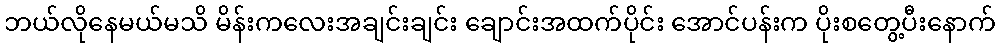
ဘယ်လိုနေမယ်မသိ မိန်းကလေးအချင်းချင်း ချောင်းအထက်ပိုင်း အောင်ပန်းက ပိုးစတွေ့ပီးနောက်